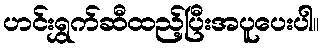
ဟင်းရွှက်ဆီထည့်ပြီးအပူပေးပါ။